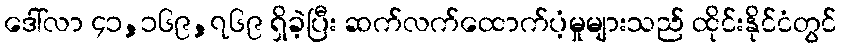
ဒေါ်လာ ၄၁,၁၆၉,၇၆၉ ရှိခဲ့ပြီး ဆက်လက်ထောက်ပံ့မှုများသည် ထိုင်းနိုင်ငံတွင်